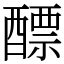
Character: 醥